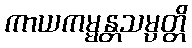
ကာယကမ္မန္တသမ္ပတ္တိ